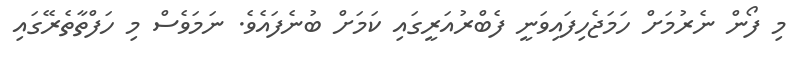
މި ފޯން ނެރުމަށް ހަމަޖެހިފައިވަނީ ފެބްރުއަރީގައި ކަމަށް ބުނެފައެވެ. ނަމަވެސް މި ހަފްތާތެރޭގައި